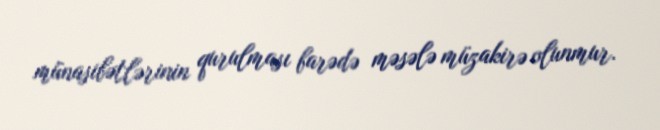
münasibətlərinin qurulması barədə məsələ müzakirə olunmur.